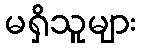
မရှိသူများ